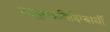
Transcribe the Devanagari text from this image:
स्वमुखप्रतिबिम्बार्थी